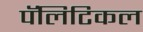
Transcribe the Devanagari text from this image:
पॅलिटिकल